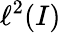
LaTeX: \ell^{2}(I)